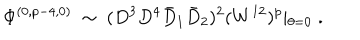
\Phi ^ { ( 0 , p - 4 , 0 ) } ~ \sim ~ ( D ^ { 3 } D ^ { 4 } \bar { D } _ { 1 } \bar { D } _ { 2 } ) ^ { 2 } ( W ^ { 1 2 } ) ^ { p } \vert _ { \theta = 0 } \; .